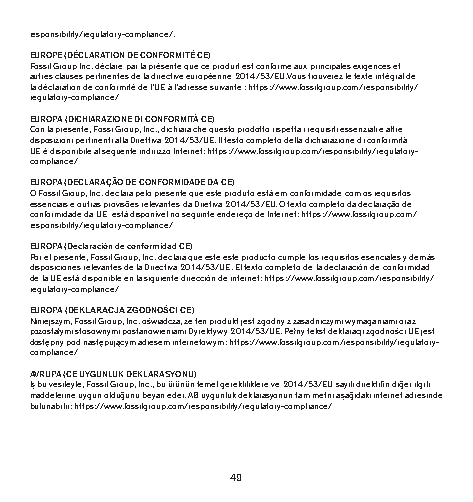
responsibility/regulatory-compliance/.
 EUROPE (DÉCLARATION DE CONFORMITÉ CE)
 Fossil Group Inc. déclare par la présente que ce produit est conforme aux principales exigences et
 autres clauses pertinentes de la directive européenne 2014/53/EU. Vous trouverez le texte intégral de
 la déclaration de conformité de l’UE à l’adresse suivante : https://www.fossilgroup.com/responsibility/
 regulatory-compliance/
 EUROPA (DICHIARAZIONE DI CONFORMITÀ CE)
 Con la presente, Fossi Group, Inc., dichiara che questo prodotto rispetta i requisiti essenziali e altre
 disposizioni pertinenti alla Direttiva 2014/53/UE. Il testo completo della dichiarazione di conformità
 UE è disponibile al seguente indirizzo Internet: https://www.fossilgroup.com/responsibility/regulatory-
 compliance/
 EUROPA (DECLARAÇÃO DE CONFORMIDADE DA CE)
 O Fossil Group, Inc. declara pelo presente que este produto está em conformidade com os requisitos
 essenciais e outras provisões relevantes da Diretiva 2014/53/EU. O texto completo da declaração de
 conformidade da UE está disponível no seguinte endereço de Internet: https://www.fossilgroup.com/
 responsibility/regulatory-compliance/
 EUROPA (Declaración de conformidad CE)
 Por el presente, Fossil Group, Inc. declara que este este producto cumple los requisitos esenciales y demás
 disposiciones relevantes de la Directiva 2014/53/UE. El texto completo de la declaración de conformidad
 de la UE está disponible en la siguiente dirección de internet: https://www.fossilgroup.com/responsibility/
 regulatory-compliance/
 EUROPA (DEKLARACJA ZGODNOŚCI CE)
 Niniejszym, Fossil Group, Inc. oświadcza, że ten produkt jest zgodny z zasadniczymi wymaganiami oraz
 pozostałymi stosownymi postanowieniami Dyrektywy 2014/53/UE. Pełny tekst deklaracji zgodności UE jest
 dostępny pod następującym adresem internetowym: https://www.fossilgroup.com/responsibility/regulatory-
 compliance/
 AVRUPA (CE UYGUNLUK DEKLARASYONU)
 İş bu vesileyle, Fossil Group, Inc., bu ürünün temel gerekliliklere ve 2014/53/EU sayılı direktifin diğer ilgili
 maddelerine uygun olduğunu beyan eder. AB uygunluk deklarasyonun tam metni aşağıdaki internet adresinde
 bulunabilir: https://www.fossilgroup.com/responsibility/regulatory-compliance/
 49